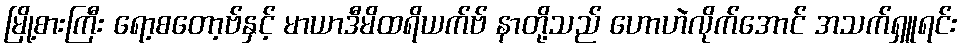
မြို့စားကြီး ရော့စတော့ဗ်နှင့် မာယာဒီမိထရိယက်ဗ် နာတို့သည် ဟောဟဲလိုက်အောင် အသက်ရှူရင်း